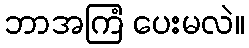
ဘာအကြံ ပေးမလဲ။